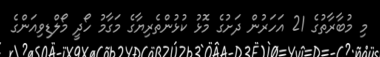
މި މުބާރާތުގެ 21 އަހަރުން ދަށުގެ މޮޅު ކުޅުންތެރިޔާގެ މަގާމު ހޯދީ މޯލްޑިވިއަންގެ